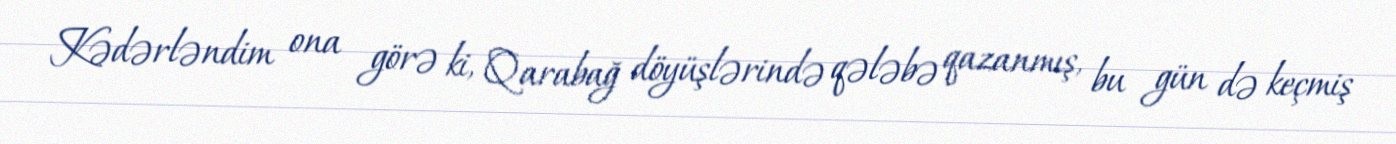
Kədərləndim ona görə ki, Qarabağ döyüşlərində qələbə qazanmış, bu gün də keçmiş